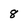
Character: 8